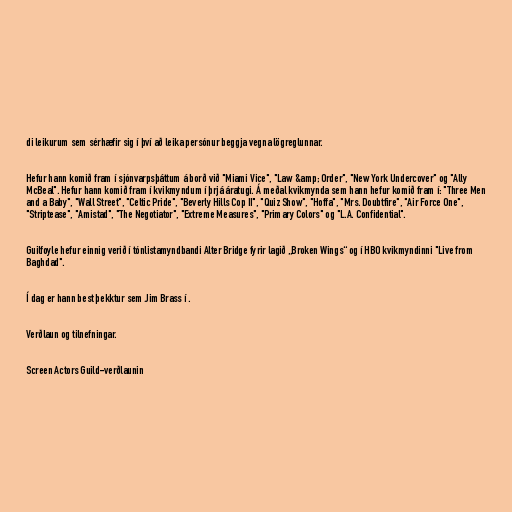
di leikurum sem sérhæfir sig í því að leika persónur beggja vegna lögreglunnar.

Hefur hann komið fram í sjónvarpsþáttum á borð við "Miami Vice", "Law &amp; Order", "New York Undercover" og "Ally
McBeal". Hefur hann komið fram í kvikmyndum í þrjá áratugi. Á meðal kvikmynda sem hann hefur komið fram í: "Three Men
and a Baby", "Wall Street", "Celtic Pride", "Beverly Hills Cop II", "Quiz Show", "Hoffa", "Mrs. Doubtfire", "Air Force One",
"Striptease", "Amistad", "The Negotiator", "Extreme Measures", "Primary Colors" og "L.A. Confidential".

Guilfoyle hefur einnig verið í tónlistamyndbandi Alter Bridge fyrir lagið „Broken Wings“ og í HBO kvikmyndinni "Live from
Baghdad".

Í dag er hann best þekktur sem Jim Brass í .

Verðlaun og tilnefningar.

Screen Actors Guild-verðlaunin